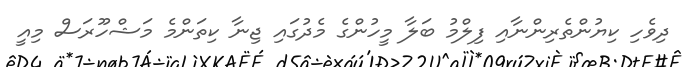
ދިވެހި ކިޔުންތެރިންނާއި ފިލްމު ބަލާ މީހުންގެ މެދުގައި ޖިނާ ކިތަންމެ މަޝްހޫރަސް މިއީ